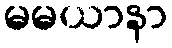
မမယာနာ